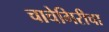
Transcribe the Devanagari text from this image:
चाचेगिरीचा